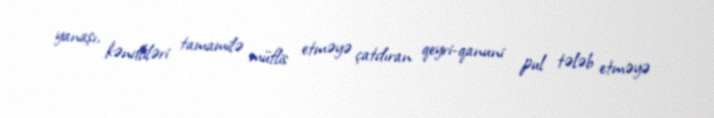
yanaşı, kəndliləri tamamilə müflis etməyə çatdıran qeyri-qanuni pul tələb etməyə